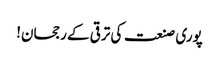
پوری صنعت کی ترقی کے رجحان!